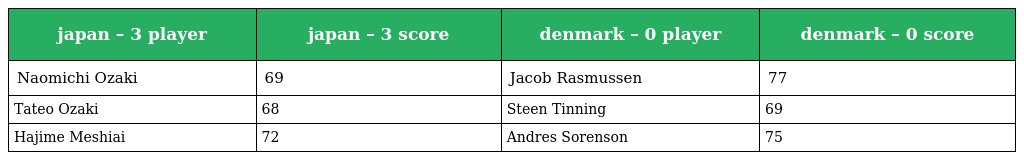
| japan – 3 player | japan – 3 score | denmark – 0 player | denmark – 0 score |
 | --- | --- | --- | --- |
 | Naomichi Ozaki | 69 | Jacob Rasmussen | 77 |
 | Tateo Ozaki | 68 | Steen Tinning | 69 |
 | Hajime Meshiai | 72 | Andres Sorenson | 75 |